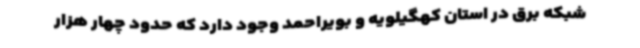
شبکه برق در استان کهگیلویه و بویراحمد وجود دارد که حدود چهار هزار